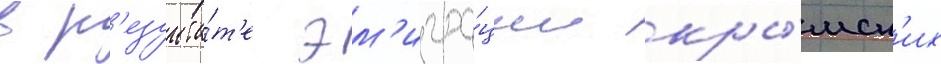
в р'езульта́т'е эм'игра́ции кры́мск'их